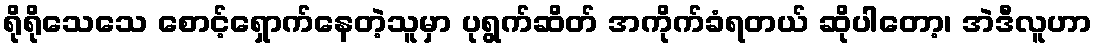
ရိုရိုသေသေ စောင့်ရှောက်နေတဲ့သူမှာ ပုရွက်ဆိတ် အကိုက်ခံရတယ် ဆိုပါတော့၊ အဲဒီလူဟာ